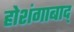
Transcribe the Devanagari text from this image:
होशंगाबाद्